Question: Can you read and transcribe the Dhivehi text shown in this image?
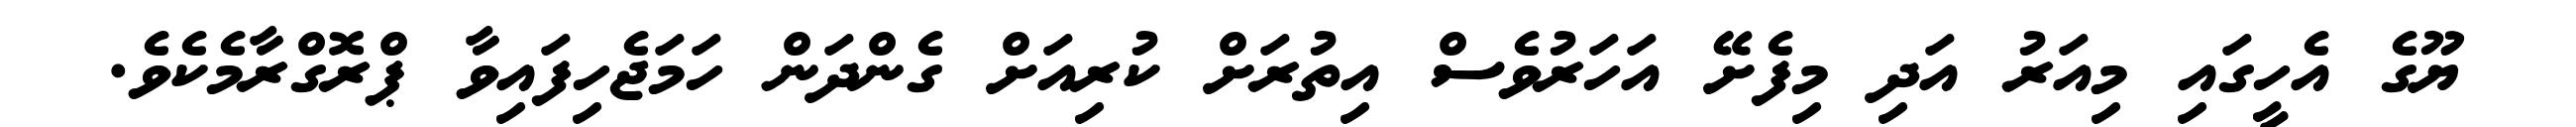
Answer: ޔޫގެ އެހީގައި މިއަރު އަދި މިފެށޭ އަހަރުވެސް އިތުރަށް ކުރިއަށް ގެންދަން ހަމަޖެހިފައިވާ ޕްރޮގްރާމެކެވެ.